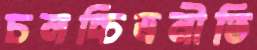
চলচ্চিত্রনীতি